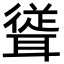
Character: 𮋹